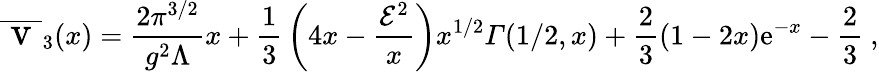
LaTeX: \overline{{{\mathrm{\Large~v~}}}}_{3}(x)={\frac{2\pi^{3/2}}{g^{2}\Lambda}}x+{\frac{1}{3}}\left(4x-{\frac{{\cal E}^{2}}{x}}\right)x^{1/2}{\mit\Gamma}(1/2,x)+{\frac{2}{3}}(1-2x){\mathrm e}^{-x}-{\frac{2}{3}}\ ,